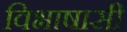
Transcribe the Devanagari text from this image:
विभाषासी